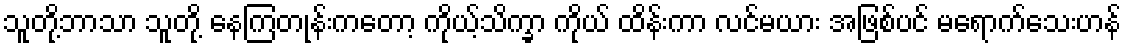
သူတို့ဘာသာ သူတို့ နေကြတုန်းကတော့ ကိုယ့်သိက္ခာ ကိုယ် ထိန်းကာ လင်မယား အဖြစ်ပင် မရောက်သေးဟန်